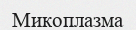
Микоплазма